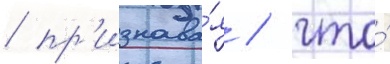
/ пр'изнава́я / что́